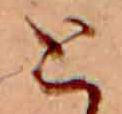
と